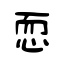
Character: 恧